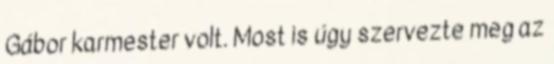
Gábor karmester volt. Most is úgy szervezte meg az